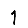
Digit: 1